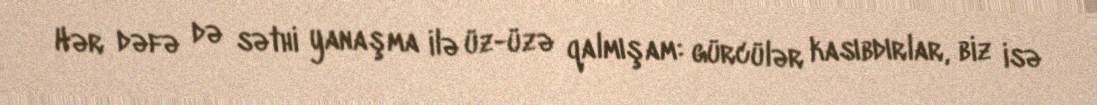
Hər dəfə də səthi yanaşma ilə üz-üzə qalmışam: gürcülər kasıbdırlar, biz isə